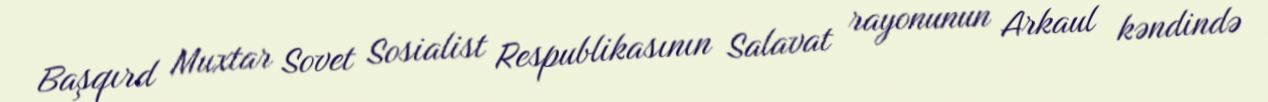
Başqırd Muxtar Sovet Sosialist Respublikasının Salavat rayonunun Arkaul kəndində